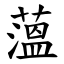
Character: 薀